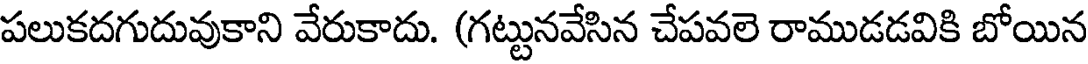
పలుకదగుదువుకాని వేరుకాదు. (గట్టునవేసిన చేపవలె రాముడడవికి బోయిన